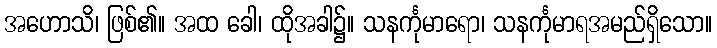
အဟောသိ၊ ဖြစ်၏။ အထ ခေါ၊ ထိုအခါ၌။ သနင်္ကုမာရော၊ သနင်္ကုမာရအမည်ရှိသော။